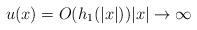
LaTeX: \begin{align*} u(x)=O(h_1 (|x|))|x|\to\infty\end{align*}